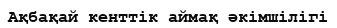
Ақбақай кенттік аймақ әкімшілігі